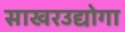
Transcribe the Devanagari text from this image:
साखरउद्योगा